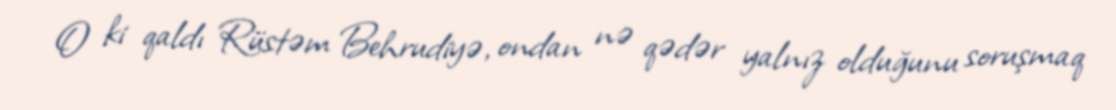
O ki qaldı Rüstəm Behrudiyə, ondan nə qədər yalnız olduğunu soruşmaq